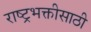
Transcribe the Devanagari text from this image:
राष्ट्रभक्तीसाठी